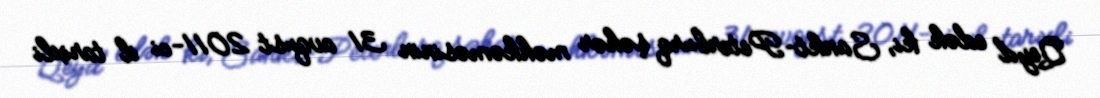
Qeyd edək ki, Sankt-Peterburq şəhər məhkəməsinin 31 avqust 2011-ci il tarixli